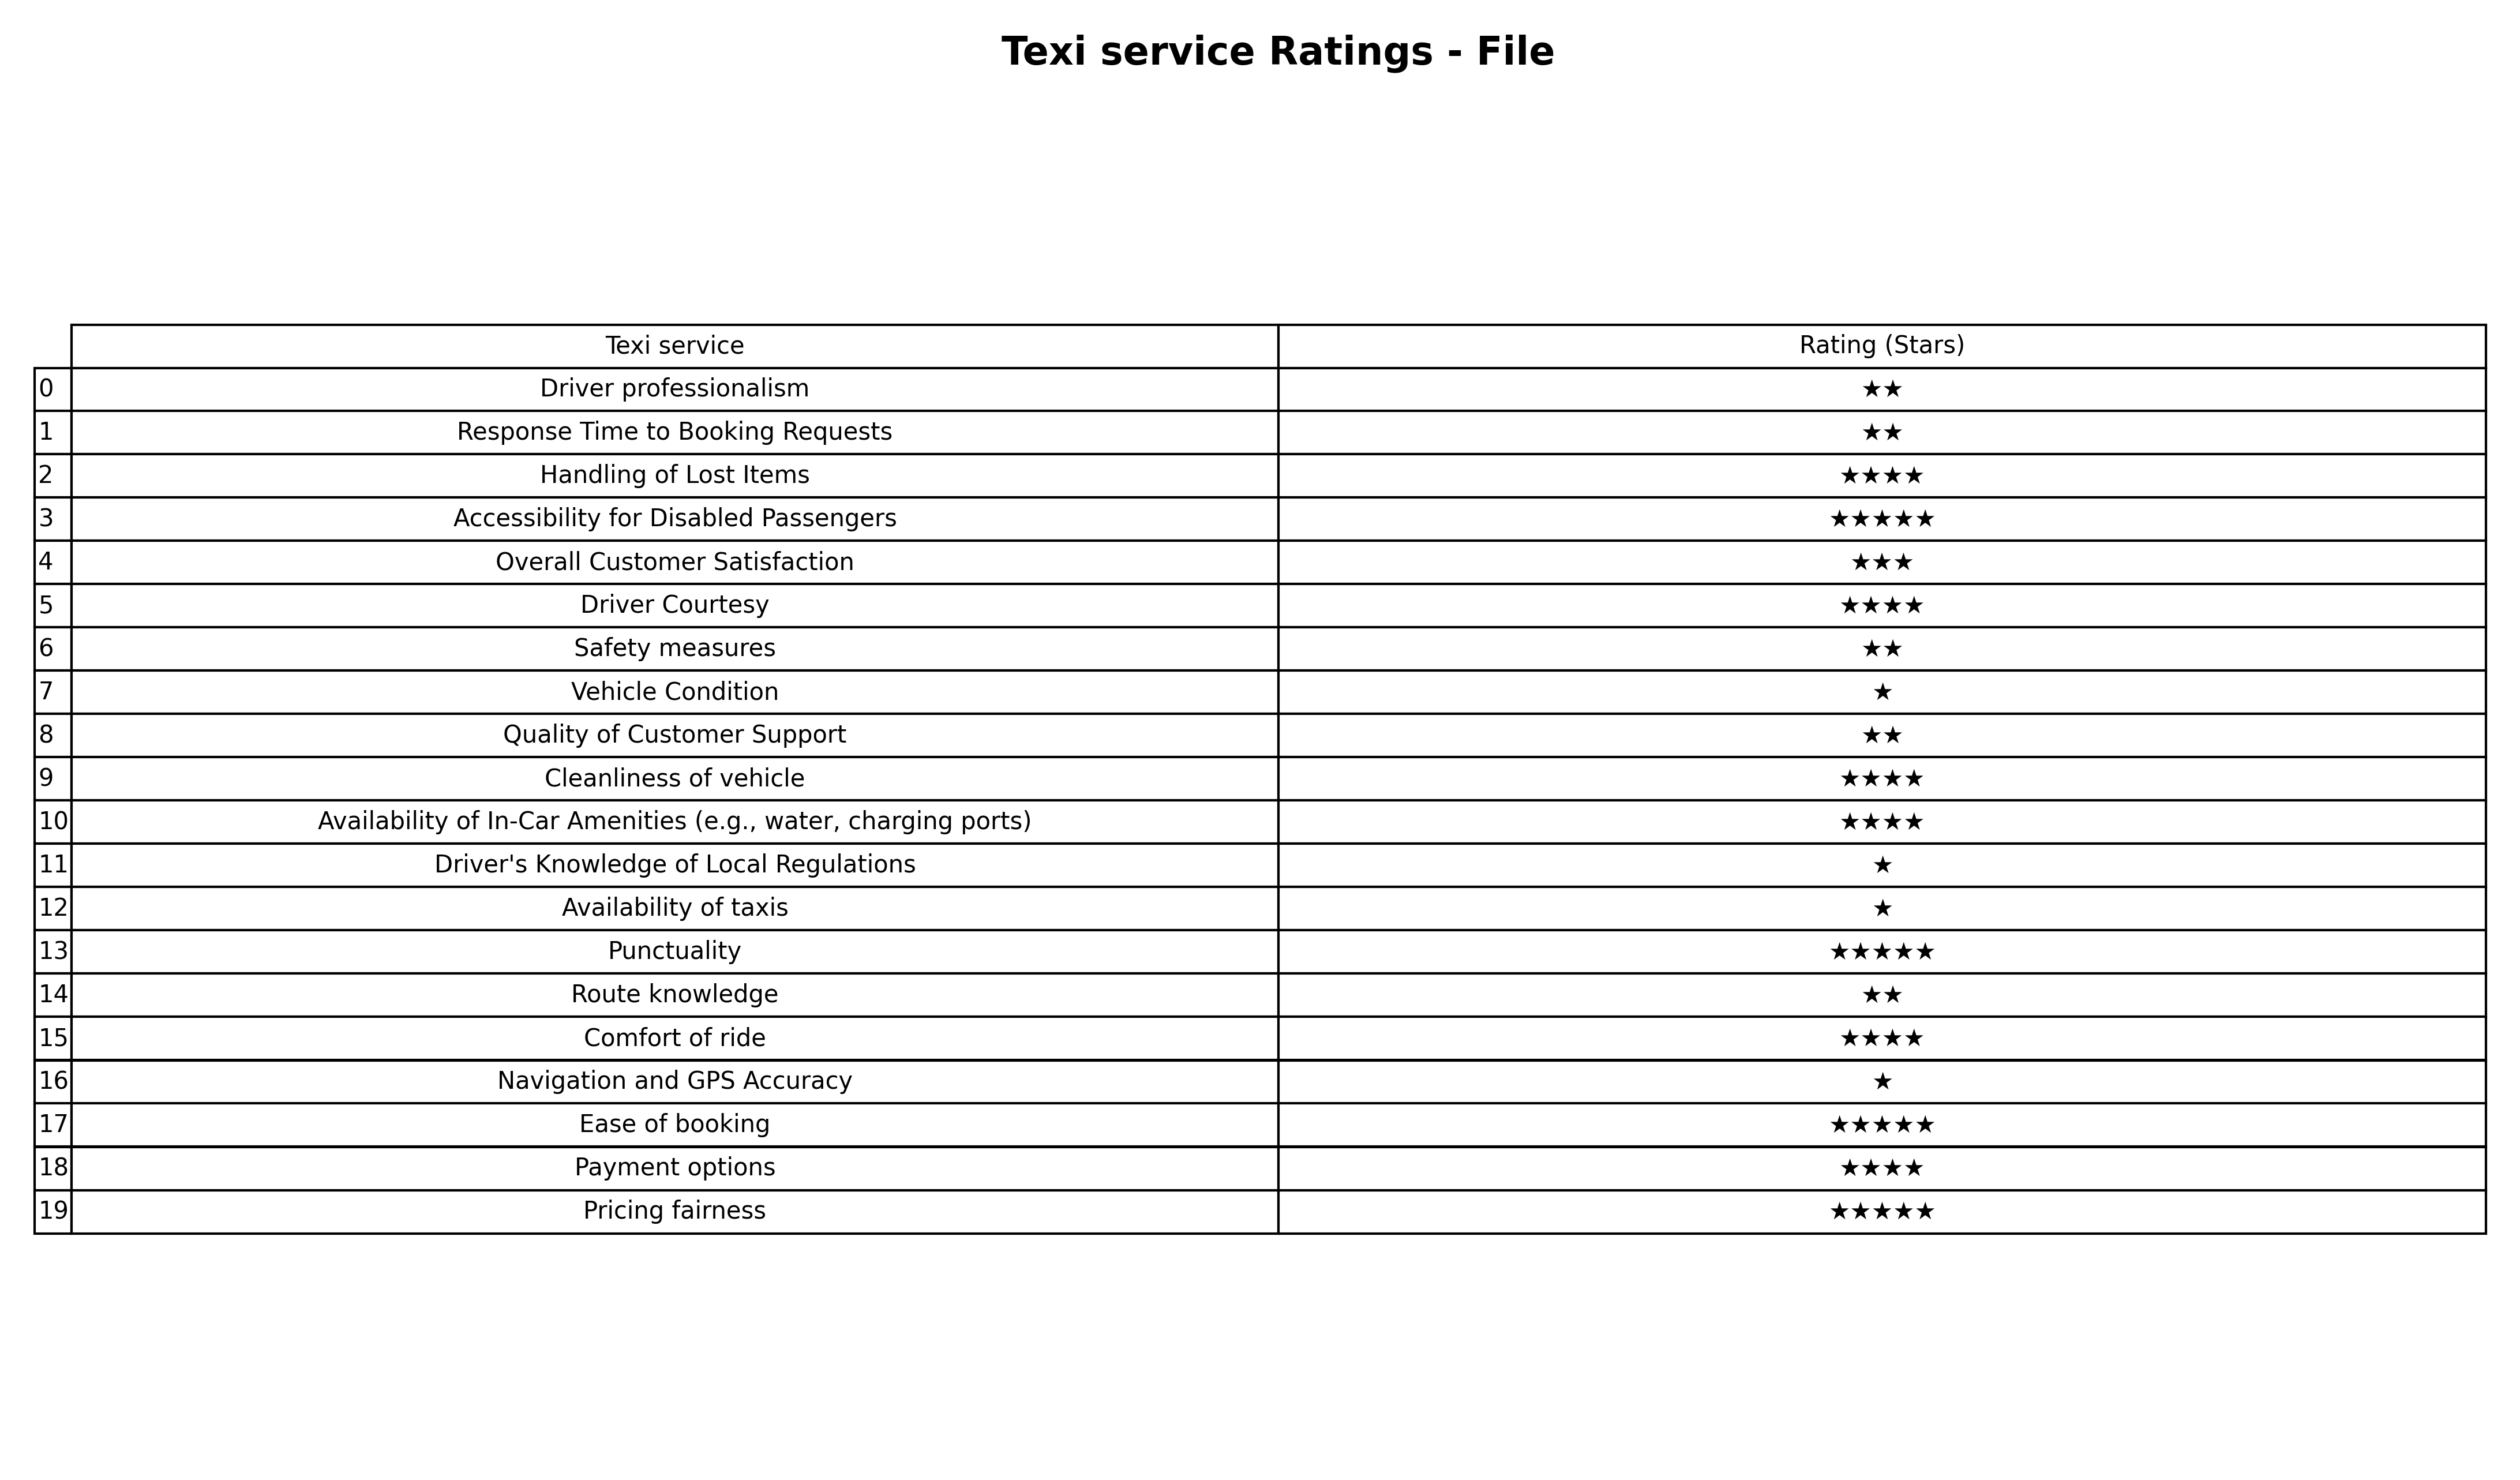
question: What are two star services?
answer: Driver professionalismResponse Time to Booking RequestsSafety measuresQuality of Customer SupportRoute knowledge